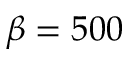
\beta = 5 0 0